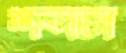
শব্দচা